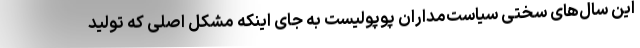
این سال‌های سختی سیاست‌مداران پوپولیست به جای اینکه مشکل اصلی که تولید